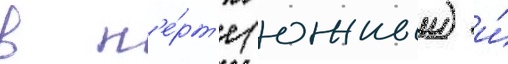
в п'е́рт'е (южныи) и́